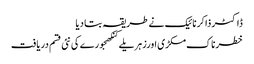
ڈاکٹر ذاکر نائیک نے طریقہ بتا دیا
خطرناک مکڑی اورزہریلے کنکھجورے کی نئی قسم دریافت